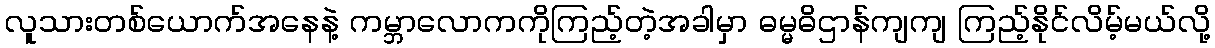
လူသားတစ်ယောက်အနေနဲ့ ကမ္ဘာလောကကိုကြည့်တဲ့အခါမှာ ဓမ္မဓိဌာန်ကျကျ ကြည့်နိုင်လိမ့်မယ်လို့